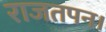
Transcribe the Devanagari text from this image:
राजतपन।